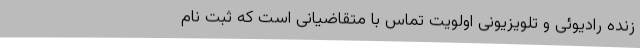
زنده رادیوئی و تلویزیونی اولویت تماس با متقاضیانی است که ثبت نام